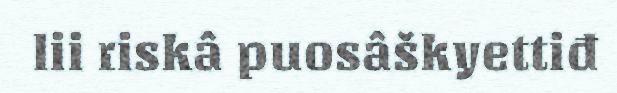
lii riskâ puosâškyettiđ